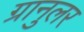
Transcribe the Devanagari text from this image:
ग्रानुलर